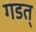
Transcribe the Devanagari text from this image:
गडत्